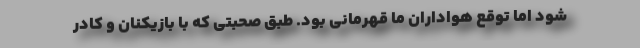
شود اما توقع هواداران ما قهرمانی بود. طبق صحبتی که با بازیکنان و کادر